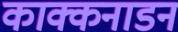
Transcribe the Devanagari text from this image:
काक्कनाडन